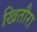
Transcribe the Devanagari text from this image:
खितौरा